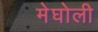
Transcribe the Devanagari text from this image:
मेघोली